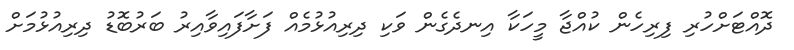
ދޮއްޓަށްހުރި ފިރިހެން ކުއްޖާ މީހަކާ އިނދެގެން ވަކި ދިރިއުޅުމެއް ފަށާފައިވާއިރު ބަރުބޮޑު ދިރިއުޅުމަށް